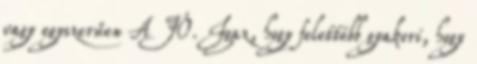
vagy egyszerűen A JÓ. Igaz, hogy felettébb gyakori, hogy